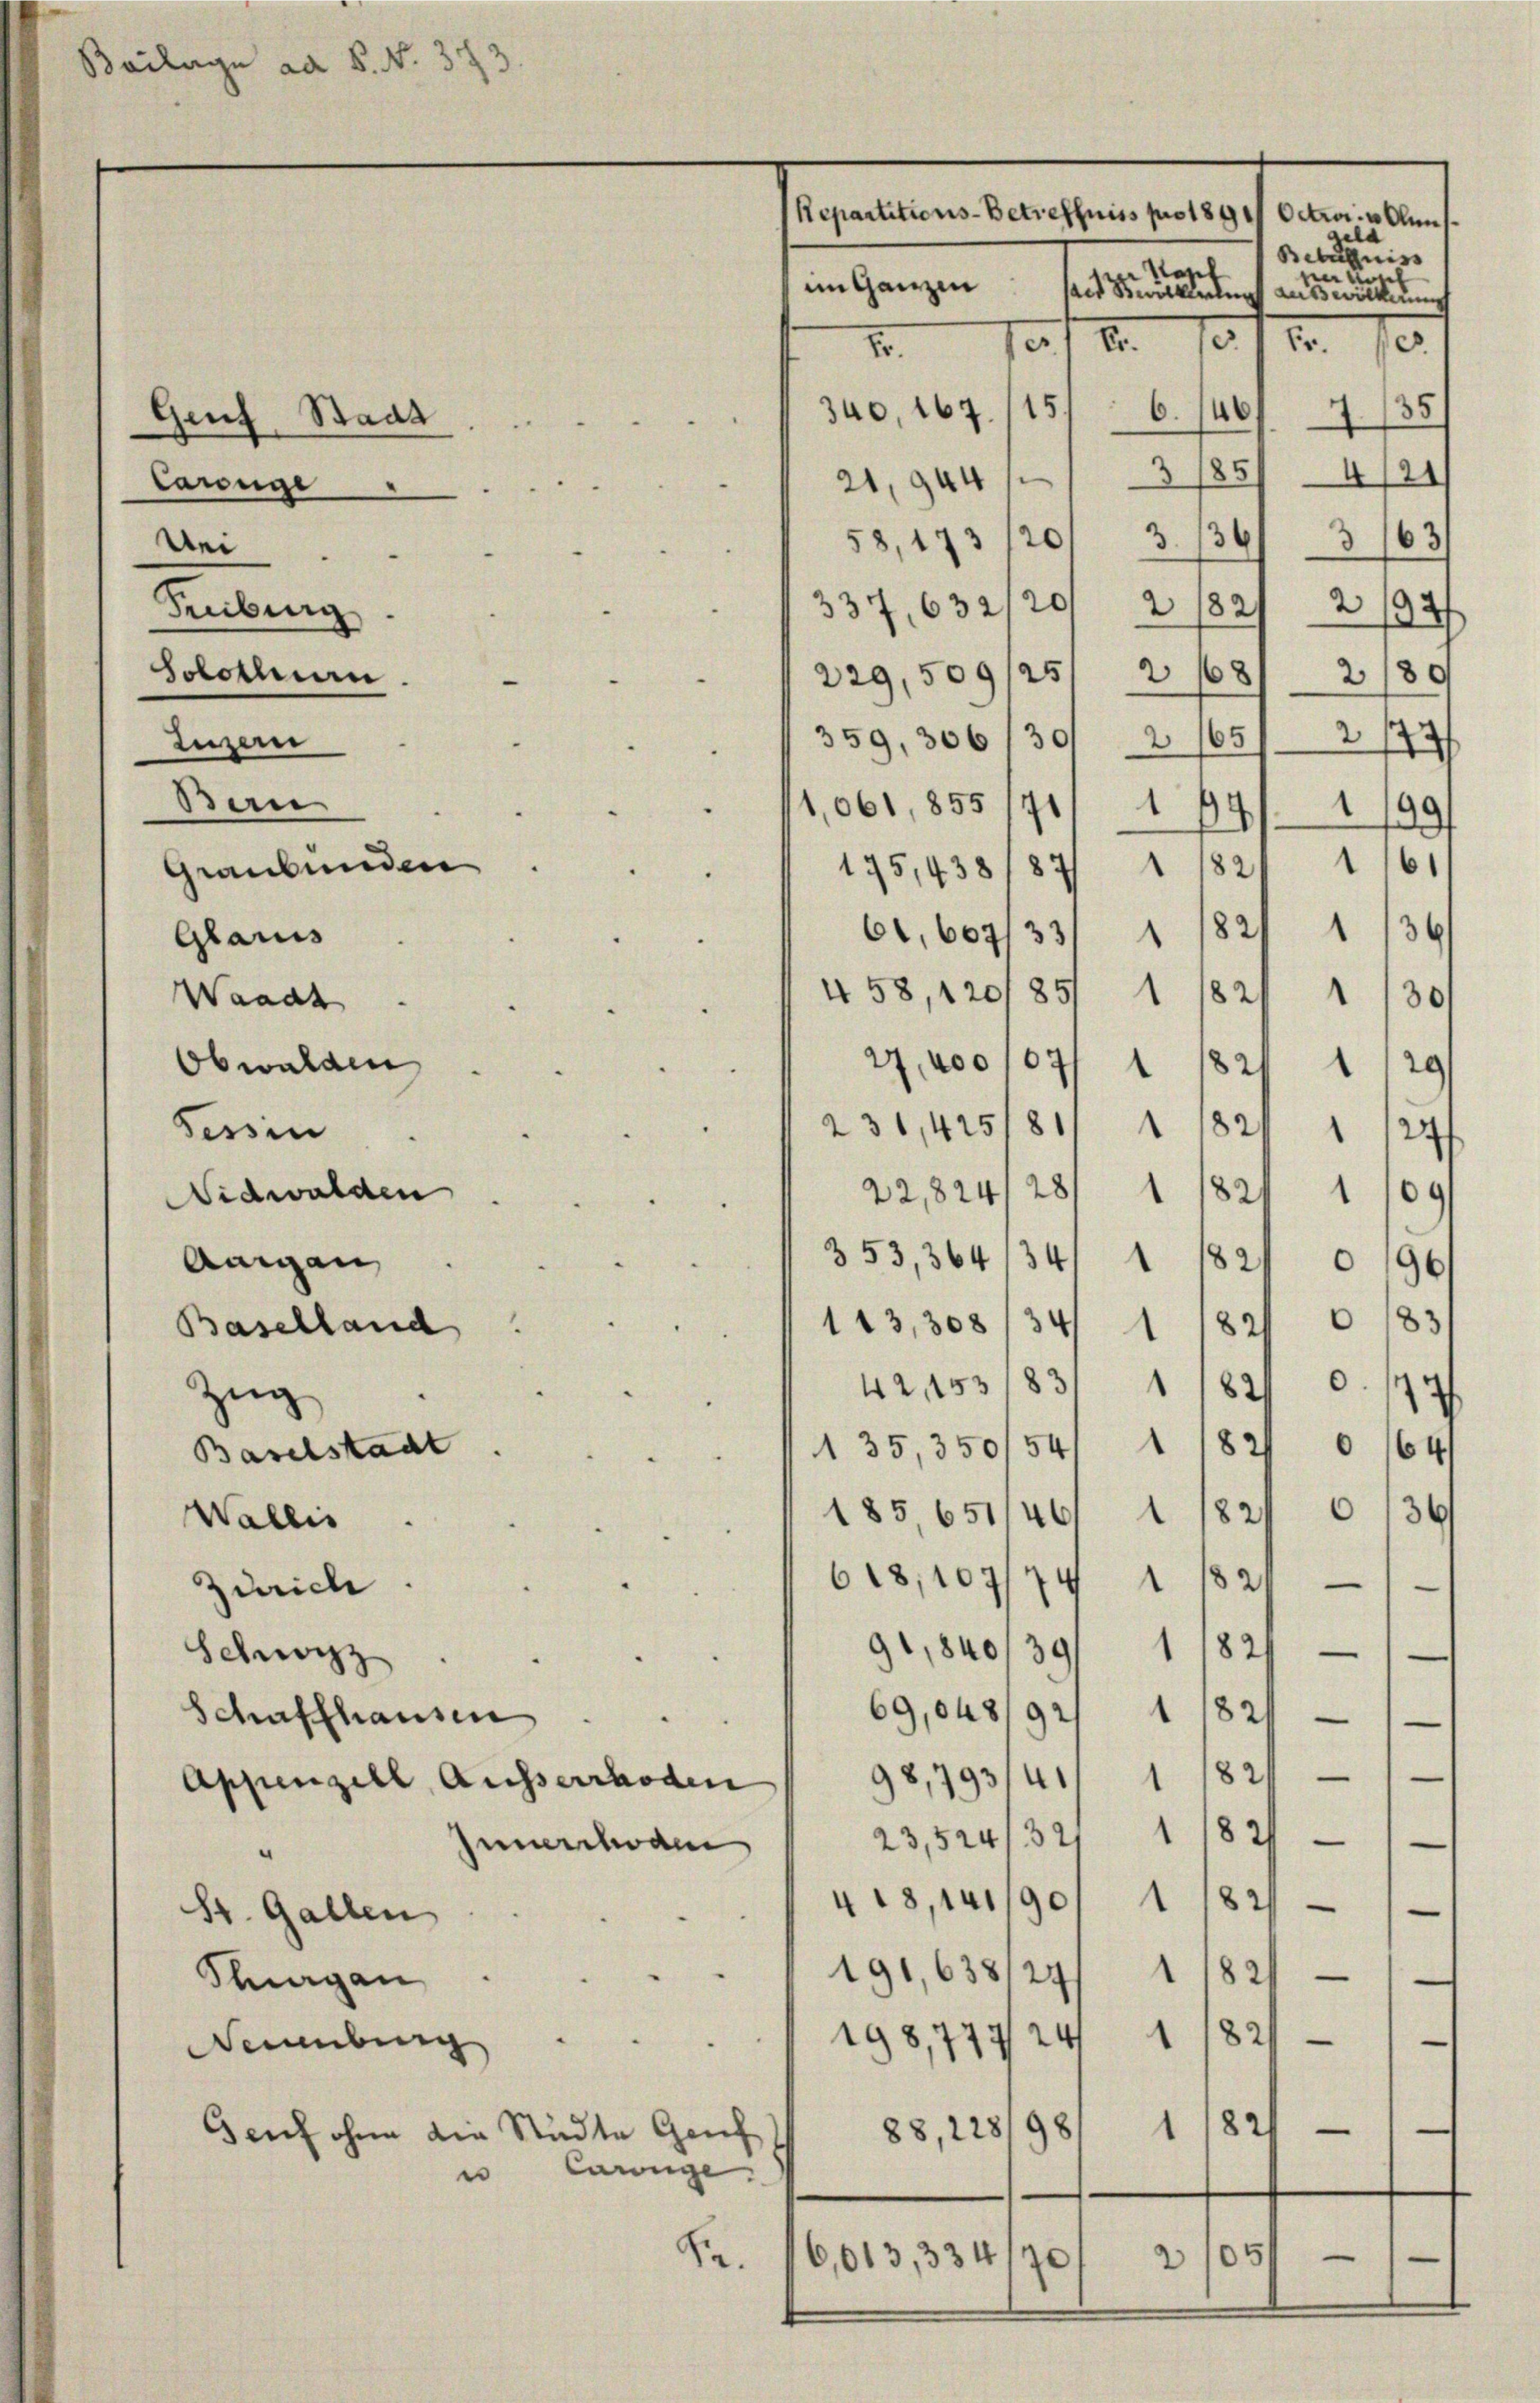
Bailage ad S. N. 372

Carüge
Wei
Teuburg
solothurn
Luzern
Bau

Genf. Staat

Glarus
Waadt
Obwalden
Tessin
Nidwalden
Angen

Graubünden

Repartitions-Betreffniss pro 1891 Octobr. v. Kuns
ela
Betugniss
Kapel

im Ganzen
lais wirkennung auswölkerung
3
Sr.
2.
d.
e
2.
35
340, 167. 1156. 146
)
2
4
21,944 1/3 185
58,173/201 3/36/ 3/163/
337, 632/20/2 1821 2192
229,509/251 21681 2189
359, 306/302 (65/2174
1
1
1,061, 855
4
.
1
99.
b
182
175,438/87/1
61,604/33/ 1 1821 1/36
458,120/85/ 1/82
30/
27, 400 107
821
1
236,425/81, 1182
24
22,824/28/ 1 1821 1109
353,36434/ 1 1821 0 196
.
83
113,308/34
Baselland
82/
1
0
42,1531831 1
82
Zug
r
135,350/54, 1182
Baselstacht
64
.
36
185651146, 1/82
Wallis
618,109/4 11821
Zürich
91,840/39/ 1 1821
Schwyz
t
69,048/92
82
Schaffhausen.
—
82/
98,793141
1
Appenzell Ausserrhoden
unara   23,1524/32/ 1/82
1
82/
418,141/90
St. Gallen
191,638127/1 1821
Tagan
82
24
198,77:
—
emburg
82
1
88,128
Geuf ohne die Städte Genf
98
Carnge.
u
05
Se.
6,613,334/0
2

29